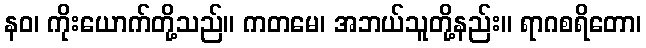
နဝ၊ ကိုးယောက်တို့သည်။ ကတမေ၊ အဘယ်သူတို့နည်း။ ရာဂစရိတော၊